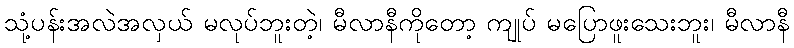
သုံ့ပန်းအလဲအလှယ် မလုပ်ဘူးတဲ့၊ မီလာနီကိုတော့ ကျုပ် မပြောဖူးသေးဘူး၊ မီလာနီ